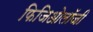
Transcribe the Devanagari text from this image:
फिजिओलॉजी